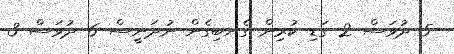
5 ދުވަސް 2 ގަޑި ކުރިން ގެނބިގެން ނުދަަނީސް 6 ދުވަސް 3